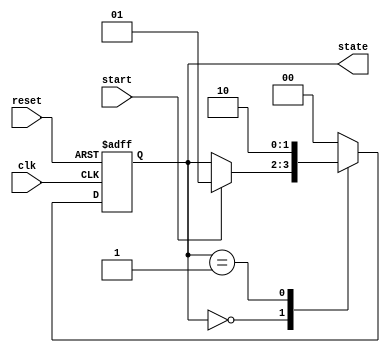
module fsm_example (
    input wire clk,        // Clock input
    input wire reset,      // Asynchronous reset
    input wire start,      // Input signal to start the FSM
    output reg [1:0] state // 2-bit state output
);

// State encoding
localparam IDLE    = 2'b00;
localparam STATE1  = 2'b01;
localparam STATE2  = 2'b10;

// Initial state
initial begin
    state = IDLE;
end

// FSM process
always @(posedge clk or posedge reset) begin
    if (reset) begin
        // Asynchronous reset
        state <= IDLE;
    end else begin
        // State transition logic
        case (state)
            IDLE: begin
                if (start) begin
                    state <= STATE1; // Transition to STATE1 on start signal
                end
            end
            STATE1: begin
                // Perform some operation in STATE1
                state <= STATE2; // Transition to STATE2
            end
            STATE2: begin
                // Perform some operation in STATE2
                state <= IDLE; // Transition back to IDLE
            end
            default: state <= IDLE; // Default case to handle unexpected states
        endcase
    end
end

endmodule